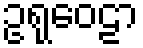
ဥရုဝေဠာ